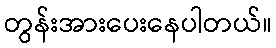
တွန်းအားပေးနေပါတယ်။